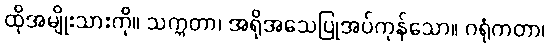
ထိုအမျိုးသားကို။ သက္ကတာ၊ အရိုအသေပြုအပ်ကုန်သော။ ဂရုံကတာ၊